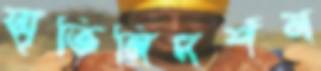
স্মৃতিনিদর্শন